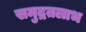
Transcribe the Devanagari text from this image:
समुद्रतलाभ